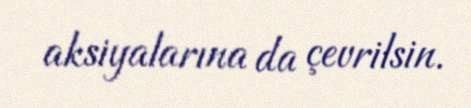
aksiyalarına da çevrilsin.